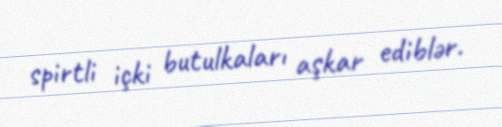
spirtli içki butulkaları aşkar ediblər.